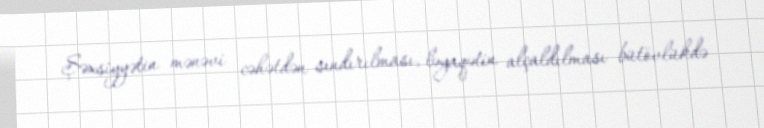
Şəxsiyyətin mənəvi cəhətdən sındırılması, ləyaqətin alçaldılması bütövlükdə